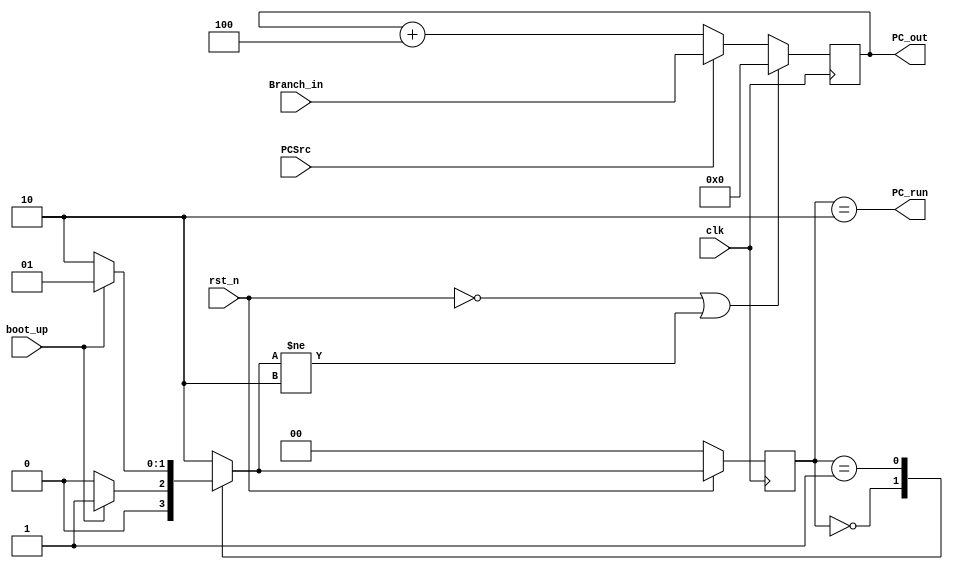
module PC(
	clk,
        rst_n,
        boot_up,
	PCSrc,
	PC_out,
        PC_run,
	Branch_in
);

input clk;
input rst_n;
input boot_up;
input PCSrc;
input [15:0] Branch_in;

output [15:0] PC_out;
output PC_run;

parameter ST_PC_IDLE = 2'b00,
          ST_PC_LOAD = 2'b01,
          ST_PC_RUN  = 2'b10;

reg [1:0] PC_state, PC_state_nx;

wire PC_run = PC_state == ST_PC_RUN;

always@(posedge clk)
  if(!rst_n)
    PC_state <= ST_PC_IDLE;
  else
    PC_state <= PC_state_nx;

always@(PC_state or boot_up)
  case(PC_state)
    ST_PC_IDLE: PC_state_nx = boot_up ? ST_PC_LOAD : ST_PC_IDLE;
    ST_PC_LOAD: PC_state_nx = ~boot_up ? ST_PC_RUN : ST_PC_LOAD;
    default   : PC_state_nx = ST_PC_RUN;
  endcase


reg [15:0] PC_out;


wire [15:0] PC_in,PC_add;

assign PC_in = (PCSrc)? Branch_in:PC_add;
assign PC_add = PC_out + 16'd4;

always@(posedge clk)begin 
	if(~rst_n || (PC_state_nx != ST_PC_RUN))begin
		PC_out <= 0;
	end
	else begin
		PC_out <= PC_in;
	end
end

endmodule